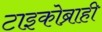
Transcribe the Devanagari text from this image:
टाइकोब्राही